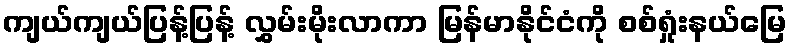
ကျယ်ကျယ်ပြန့်ပြန့် လွှမ်းမိုးလာကာ မြန်မာနိုင်ငံကို စစ်ရှုံးနယ်မြေ